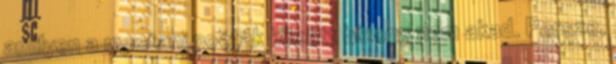
amilyen a mostani poéták között bizony nem akad. Persze,